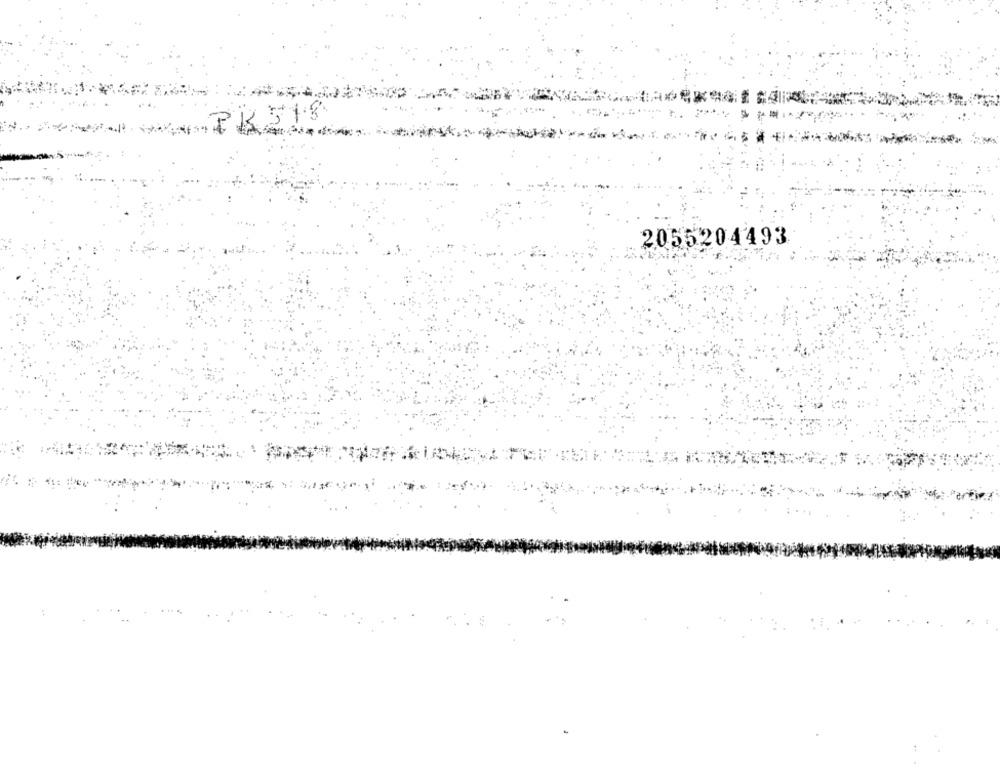
*** PK518
2055204493